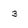
Character: 3